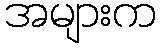
အများက